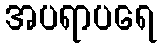
အပရာပရေ